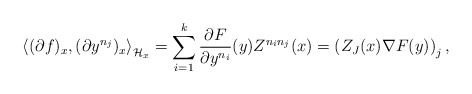
\begin{align*}\left\langle (\partial f)_x, (\partial y^{n_j})_x\right\rangle_{\mathcal{H}_x}=\sum_{i=1}^k\frac{\partial F}{\partial y^{n_i}}(y)Z^{n_i n_j}(x)=\left(Z_J(x)\nabla F(y)\right)_j,\end{align*}